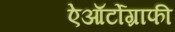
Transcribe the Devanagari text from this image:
ऐऑर्टोग्राफी